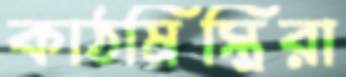
কাঠমিস্ত্রিরা